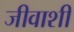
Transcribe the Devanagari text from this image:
जीवाशी